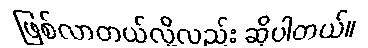
ဖြစ်လာတယ်လို့လည်း ဆိုပါတယ်။